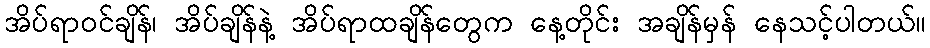
အိပ်ရာဝင်ချိန်၊ အိပ်ချိန်နဲ့ အိပ်ရာထချိန်တွေက နေ့တိုင်း အချိန်မှန် နေသင့်ပါတယ်။